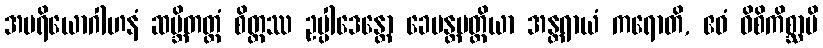
အပရိယောဂါဟနံ ဆမ္ဘိတတ္တံ စိတ္တဿ ဥပ္ပါဒေန္တော ခေမန္တပတ္တိယာ အန္တရာယံ ကရောတိ, ဧဝံ ဝိစိကိစ္ဆာပိ